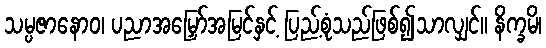
သမ္ပဇာနောဝ၊ ပညာအမြှော်အမြင်နှင့် ပြည့်စုံသည်ဖြစ်၍သာလျှင်။ နိက္ခမိ၊